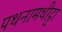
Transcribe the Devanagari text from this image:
पथनामथीट्टा